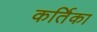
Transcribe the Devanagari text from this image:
कर्तिका